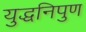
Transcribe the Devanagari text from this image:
युद्धनिपुण